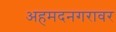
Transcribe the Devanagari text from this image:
अहमदनगरावर